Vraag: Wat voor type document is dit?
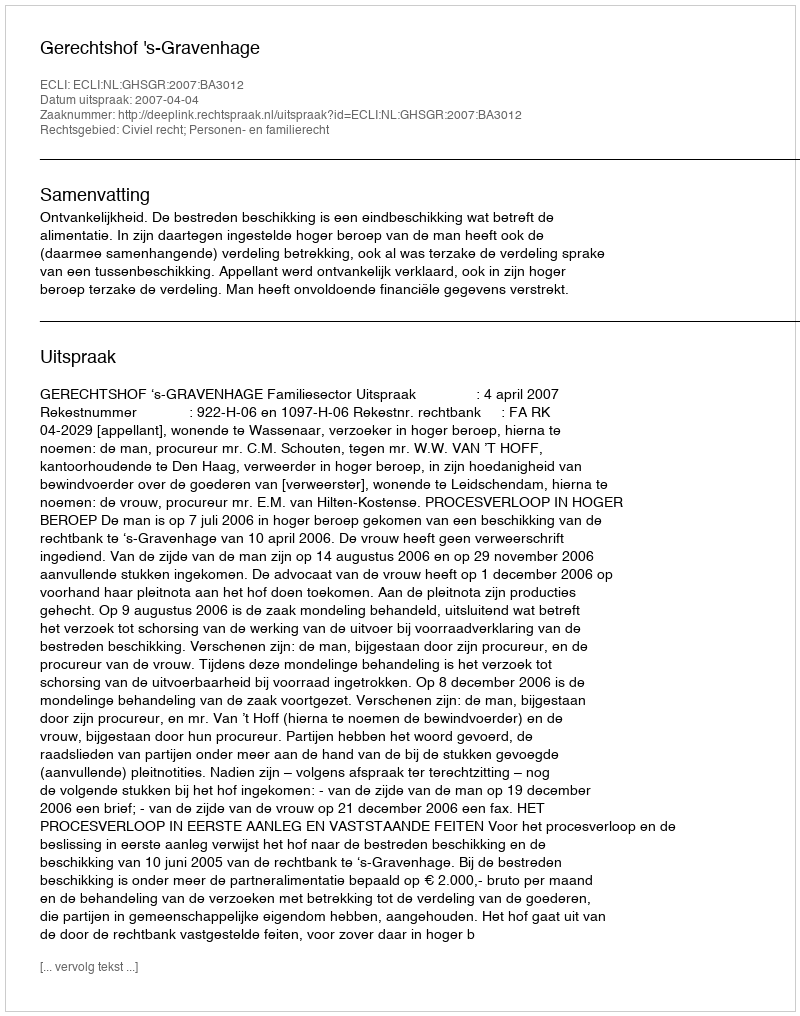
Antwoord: Uitspraak